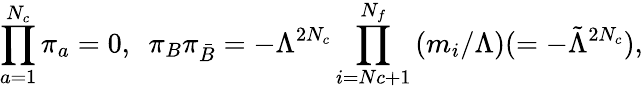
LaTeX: \prod_{a=1}^{N_{c}}\pi_{a}=0,\ \ \pi_{B}\pi_{\bar{B}}=-\Lambda^{2N_{c}}\prod_{i=Nc+1}^{N_{f}}\left(m_{i}/\Lambda\right)(=-{\tilde{\Lambda}}^{2N_{c}}),